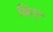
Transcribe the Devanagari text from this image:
किए॰